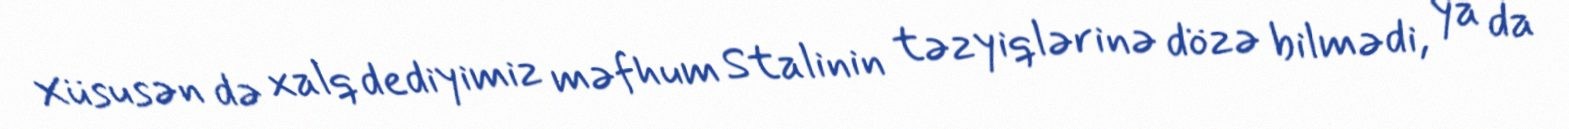
Xüsusən də xalq dediyimiz məfhum Stalinin təzyiqlərinə dözə bilmədi, ya da